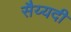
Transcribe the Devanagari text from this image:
सैय्यदी